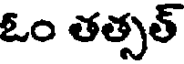
ఓం తత్సత్